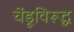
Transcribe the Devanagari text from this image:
चेंडूविरूद्ध